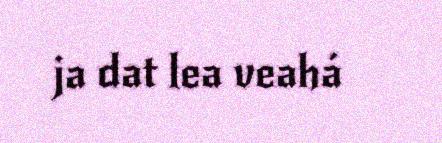
ja dat lea veahá